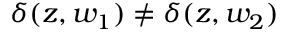
{ \delta ( z , w _ { 1 } ) \neq \delta ( z , w _ { 2 } ) }